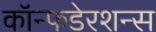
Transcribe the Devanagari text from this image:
कॉन्फडेरशन्स